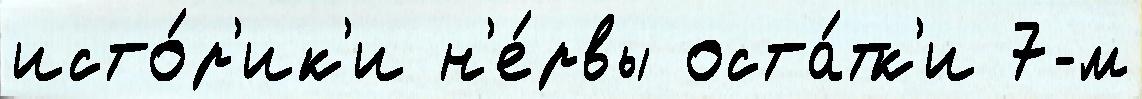
исто́р'ик'и н'е́рвы оста́тк'и 7-м